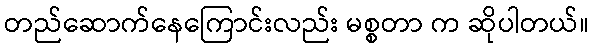
တည်ဆောက်နေကြောင်းလည်း မစ္စတာ က ဆိုပါတယ်။